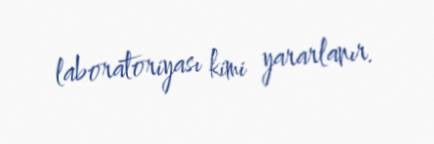
laboratoriyası kimi yararlanır.